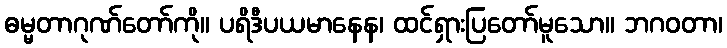
ဓမ္မတာဂုဏ်တော်ကို။ ပရိဒီပယမာနေန၊ ထင်ရှားပြတော်မူသော။ ဘဂဝတာ၊